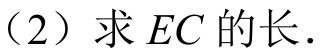
（2）求 \(EC\) 的长．